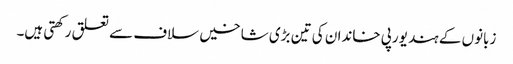
زبانوں کے ہند یورپی خاندان کی تین بڑی شاخیں سلاف سے تعلق رکھتی ہیں۔